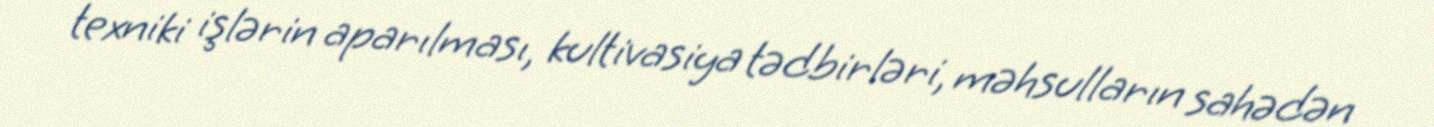
texniki işlərin aparılması, kultivasiya tədbirləri, məhsulların sahədən